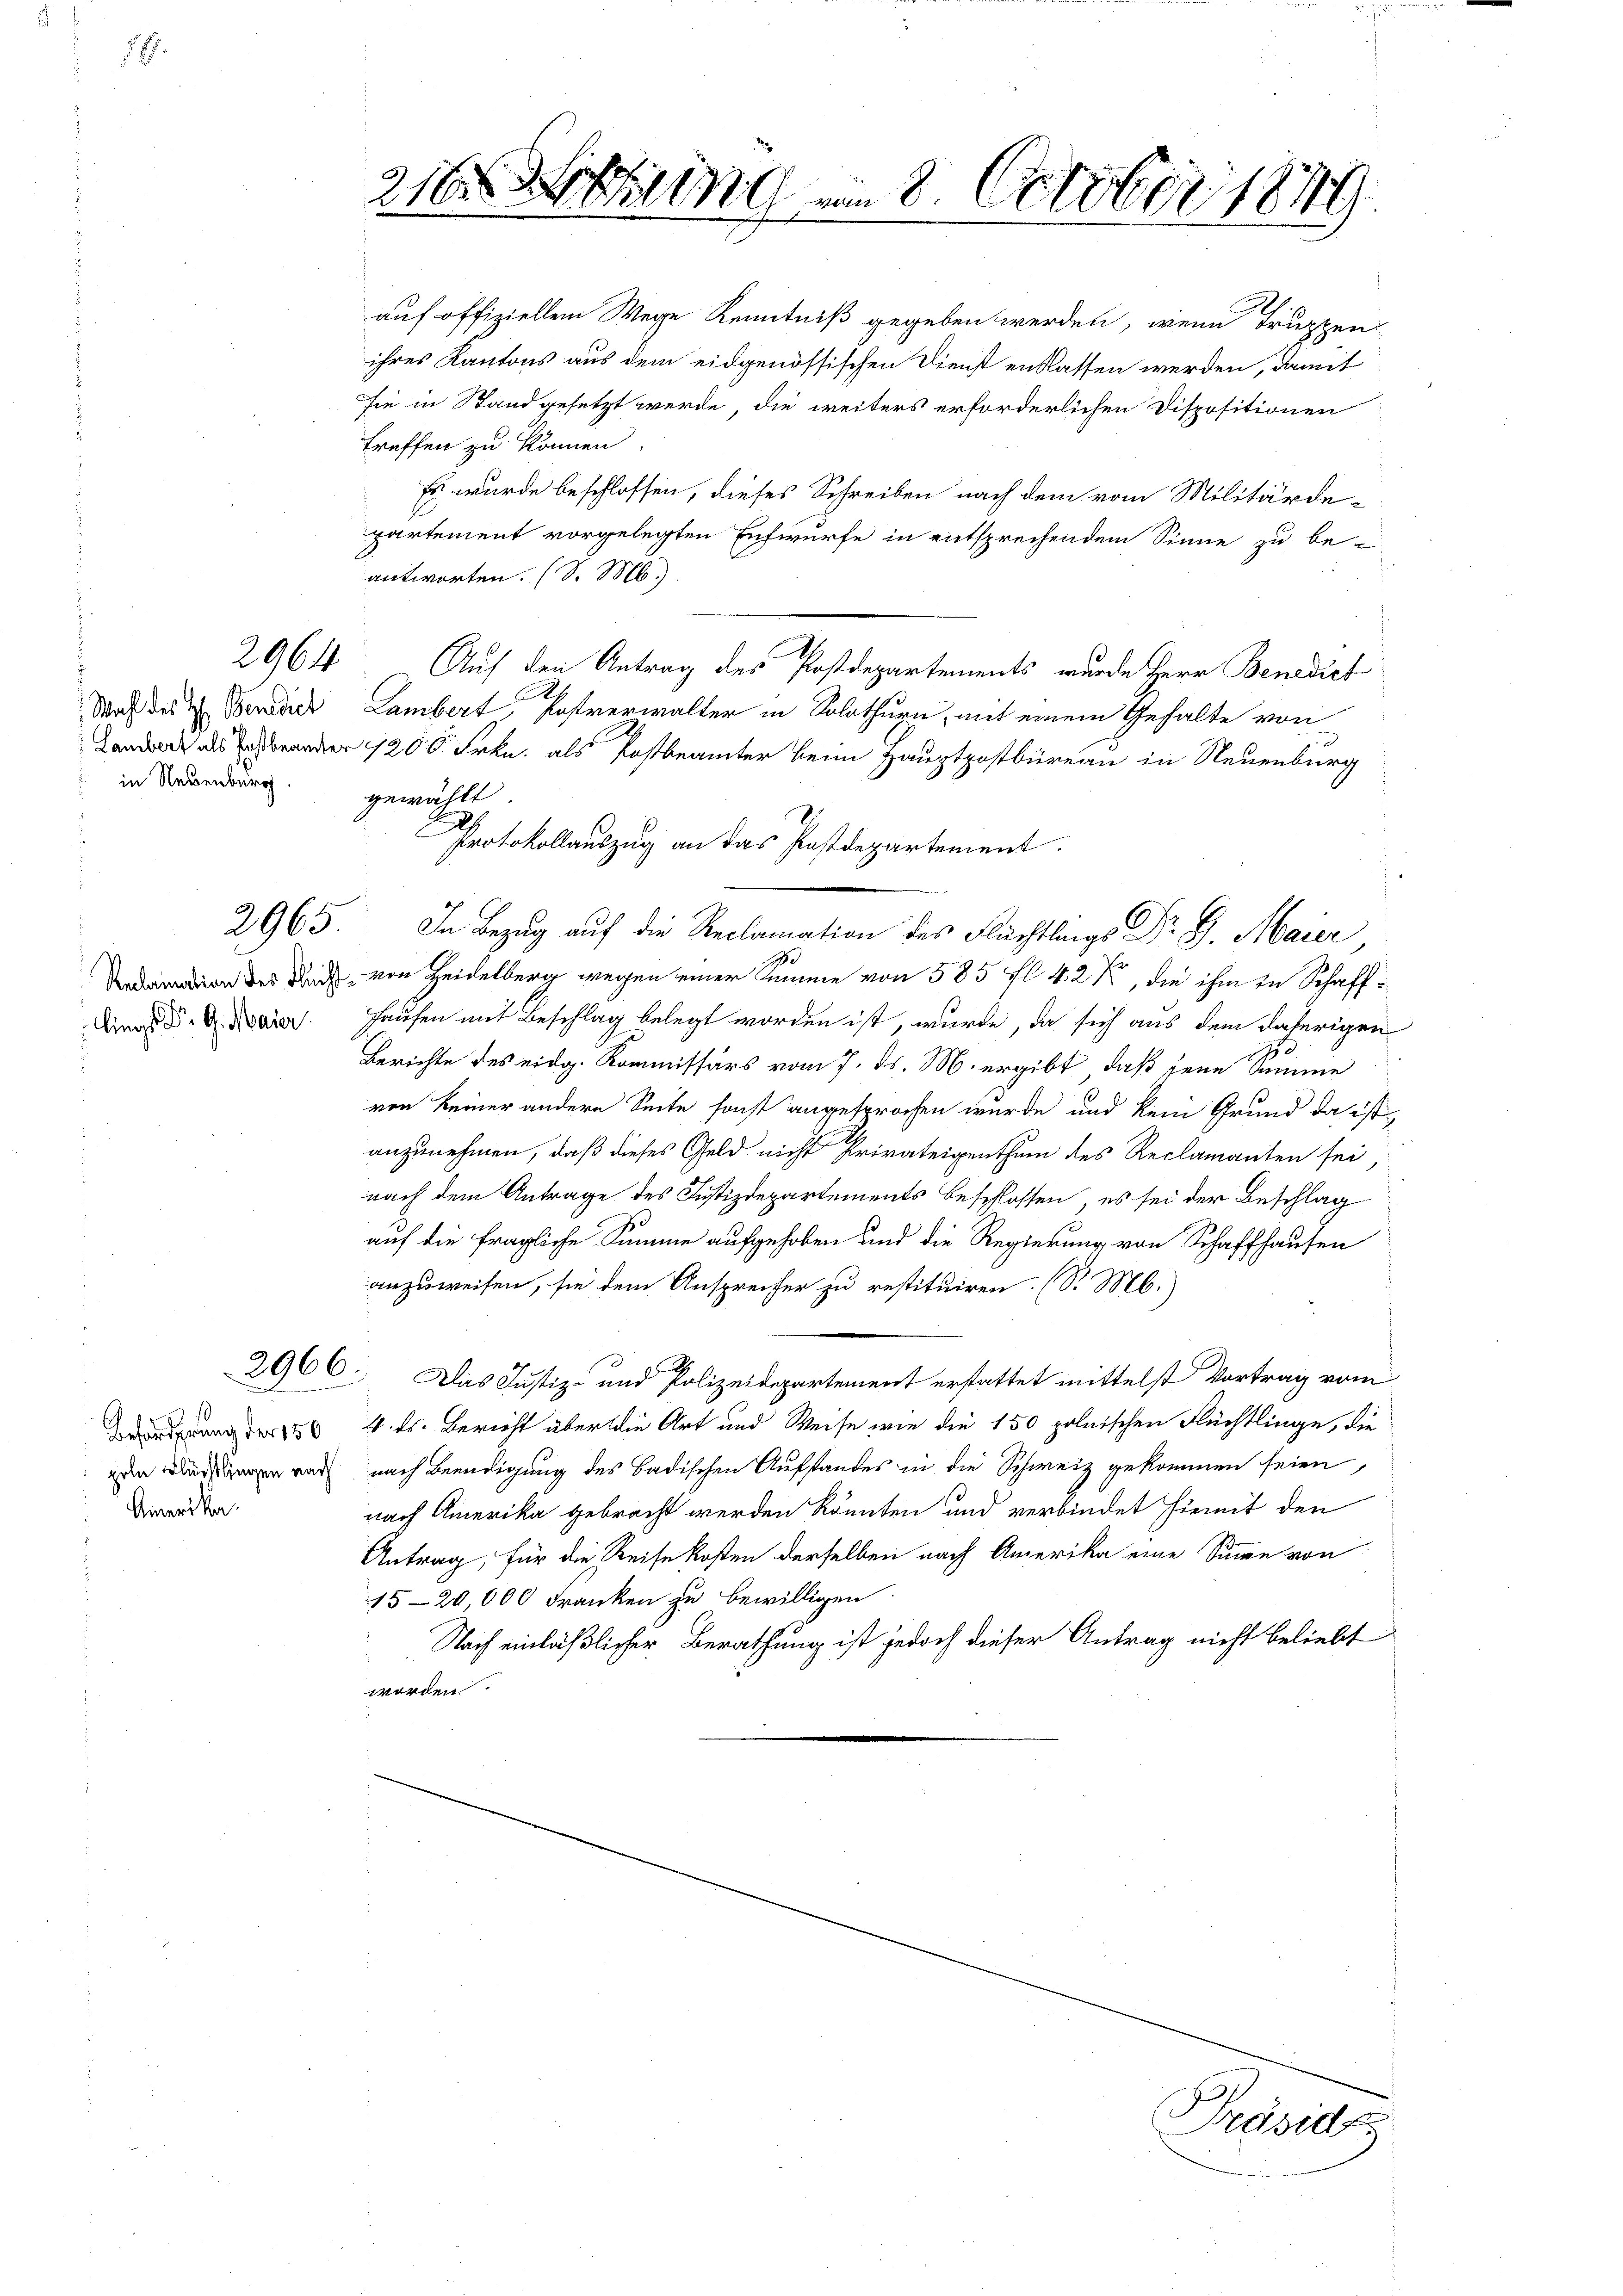
2964

Wahl des H. Benedict
 in Neuenburg

2965.

lings Dr. G. Maier.

2966.
eweren wor

Beförderung der 150
geln Blücklingen nach
Amerika.

216 n am 8. October 1849

auf offiziellem Wege Kenntniß gegeben werden, wenn Truppen
ihres Kantons aus dem eidgenössischen Dienst entlassen werden, damit
sie in Stand gesetzt werde, die weiters erforderlichen Dispositionen
treffen zu können
Es wurde beschlossen, dieses Schreiben nach dem vom Militärde-
partement vorgelegten Entwurfe in entsprechendem Sinne zu be-
antworten. (S. M.
Auf den Antrag des Postdepartements, wurde Herr Benediet
Lambert, Postverwalter in Solothurn, mit einem Gehalte vor
 der 200 Frkn. als Postbeamter beim Hauptpostbüreau in Neuenburg
gewählt
Protokollauszug an das Postdepartement.
In Bezug auf die Reclamation des Flüchtlings Dr. G. Maier
19
ion des Dich, von Heidelberg wegen einer Summe von 585 fl. 42, die ihm in Schaff¬
Hausen mit Beschlag belegt worden ist, wurde, da sich aus dem daherigen
Berichte des eidg. Kommissärs vom 7. ds. M. ergibt, daß jene Summe
von keiner andern Seite sonst angesprochen wurde und kein Grund da ist
anzunehmen, daß dieses Geld nicht Privateigenthum des Reclamanten sei,
nach dem Antrage des Justizdepartements beschlossen, es sei der Beschlag
auf die fragliche Summe aufgehoben und die Regierung von Schaffhausen
anzuweisen, sie dem Ansprecher zu restituiren. (S. M.)
.
Das Justiz- und Polizeidepartement erstattet mittelst Vortrag vom
4. ds. Bericht über die Art und Weise wie die 150 polnischen Flüchtlinge, die
nach Benadigung des Badischen Aufstandes in die Schweiz gekommen seien,
nach Amerika gebracht werden könnten und verbindet hiemit den
Antrag, für die Reisekosten derselben nach Amerika eine Sinne von
15-20 000 Franken zu bewilligen.
Nach einläßlicher Berathung ist jedoch dieser Antrag nicht beliebt
worden

Präside